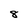
Character: 8